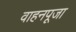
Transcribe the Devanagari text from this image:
वाहनपूजा